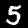
Label: 5